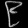
Digit: ၉